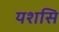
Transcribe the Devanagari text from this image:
यशसि